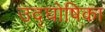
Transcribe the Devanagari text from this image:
उद्‌घोषिका